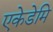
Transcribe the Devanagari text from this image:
एकेडेमि